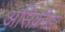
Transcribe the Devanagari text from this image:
असिक्रीडा